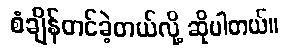
စံချိန်တင်ခဲ့တယ်လို့ ဆိုပါတယ်။